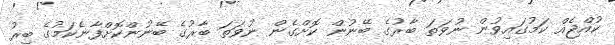
ކުއްޖެއް ކަމުގައިވުން ނުވަތަ ބާރުގެ ބޭނުން ކޮށްގެން ނުވަތަ ބާރުގެ ބޭނުންކޮށްފާނެކަމުގެ ބިރު